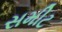
સમીટ